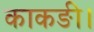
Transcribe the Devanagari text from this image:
काकङी।